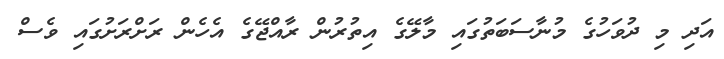
އަދި މި ދުވަހުގެ މުނާސަބަތުގައި މާލޭގެ އިތުރުން ރާއްޖޭގެ އެހެން ރަށްރަށުގައި ވެސް